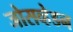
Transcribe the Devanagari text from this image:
जोसव्हेडन